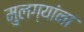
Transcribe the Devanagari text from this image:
मुलग्यांना